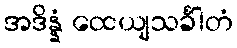
အဒိန္နံ ထေယျသင်္ခါတံ